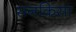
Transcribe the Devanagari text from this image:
सनकिसा